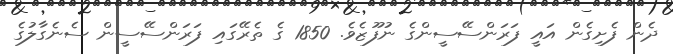
ދެން ފެށިގެން އައީ ފަރަންސޭސީންގެ ނުފޫޒެވެ. 1850 ގެ ތެރޭގައި ފަރަންސޭސީން ސެނެގާލުގެ